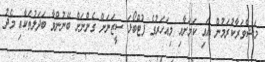
މަޝްވަރާކުރަމުން އައި ކަމަށާއި މިއަހަރުގެ ފުޓްބޯޅަ ސީޒަނަށް ގެންނަށް ބޭނުންވާ ބަދަލުތަކާއި މެދު